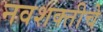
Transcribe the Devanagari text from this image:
नवशक्तीचे